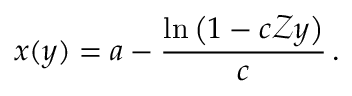
x ( y ) = a - \frac { \ln \left( 1 - c \mathcal { Z } y \right) } { c } \, .